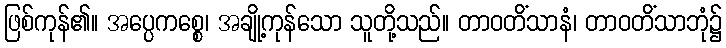
ဖြစ်ကုန်၏။ အပ္ပေကစ္စေ၊ အချို့ကုန်သော သူတို့သည်။ တာဝတိံသာနံ၊ တာဝတိံသာဘုံ၌